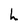
Character: h